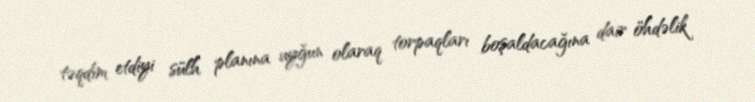
təqdim etdiyi sülh planına uyğun olaraq torpaqları boşaldacağına dair öhdəlik